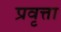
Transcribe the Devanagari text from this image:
प्रवृत्ता